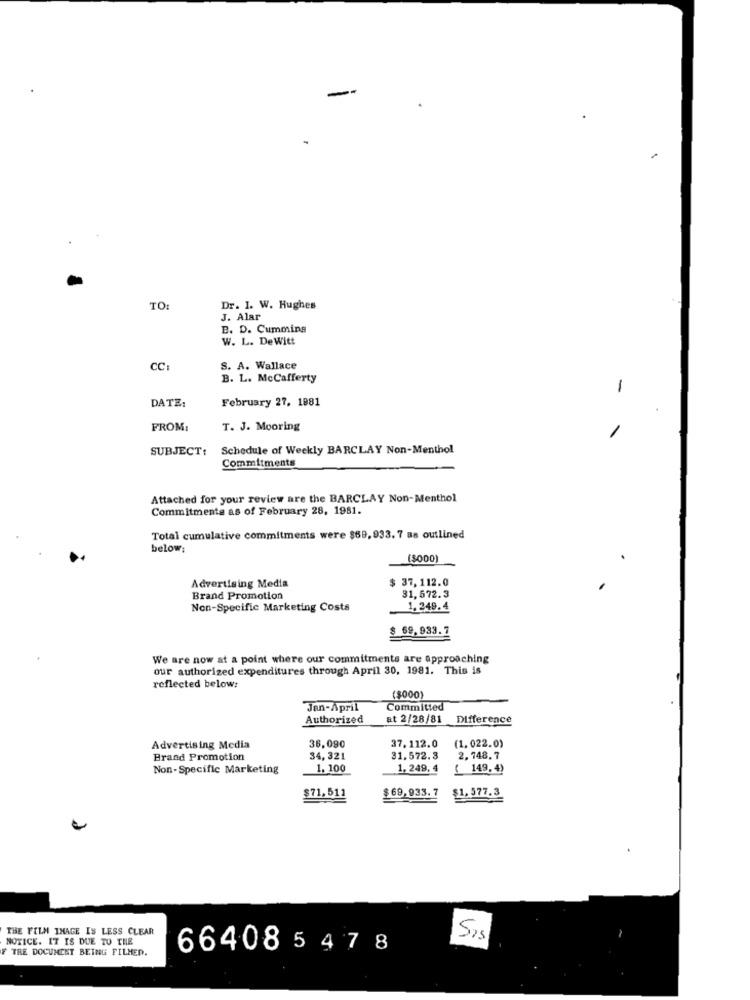
-
TO
Dr. 1. W. Hughes
J. Alar
B. D. Cumming
W. L. De Witt
CC:
S. A. Wallace
B. L. McCafferty
-
DATE:
February 27, 1881
FROM:
T. J. Mooring
SUBJECT:
Schedule of Weekly BARCLAY Non-Menthol
Commitments
Attached for your review are the BARCLAY Non-Menthol
Commitments as of February 28, 1981.
Total cumulative commitments were $69, 933. 7 as outlined
below:
($000]
Advertising Media
$ 37,112.0
31,572.3
Brand Promotion
Non-Specific Marketing Costs
1.249.4
$ 69.933.7
We are now at a point where our commitments are approaching
our authorized expenditures through April 30, 1981. This is
reflected below:
($000)
Jan-April
Committed
Authorized
at 2/28/81
Difference
36,090
(1.022.0)
Advertising Media
37.112.0
Brand Promotion
34, 321
31,572.3
2.748.7
Non-Specific Marketing
1,100
1,249.4
( 149.4)
$69.933.7
$71,511
$1.577.3
THE FILM IMAGE IS LESS CLEAR
NOTICE. IT IS DUE TO THE
Sis
F TRE DOCUMENT BEING FILMED.
664085478